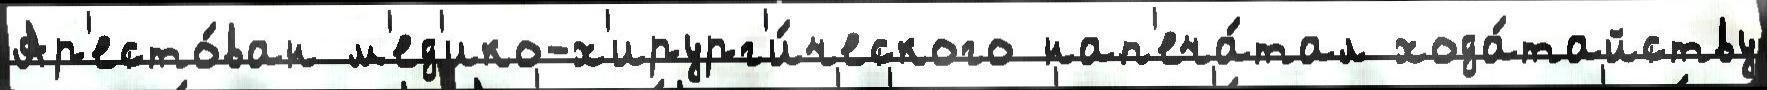
Ар'есто́ван м'ед'ико-х'ирург'и́ческого нап'еча́тал хода́тайству